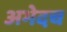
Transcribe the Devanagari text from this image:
अभेदच